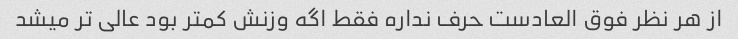
از هر نظر فوق العادست حرف نداره فقط اگه وزنش کمتر بود عالی تر میشد